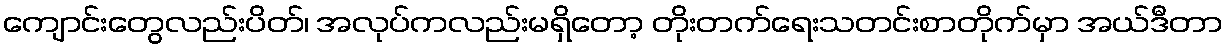
ကျောင်းတွေလည်းပိတ်၊ အလုပ်ကလည်းမရှိတော့ တိုးတက်ရေးသတင်းစာတိုက်မှာ အယ်ဒီတာ